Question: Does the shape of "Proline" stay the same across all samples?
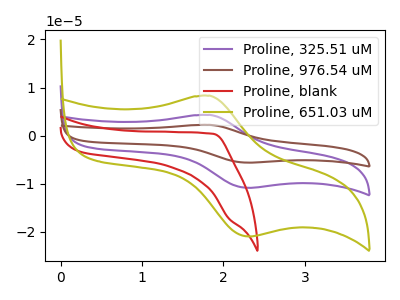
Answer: <think>The purple curve "Proline, 325.51 uM" has an anodic peak at (1.85V, 4.30uA) and a cathodic peak at (2.30V, -10.90uA). The brown curve "Proline, 976.54 uM" has an anodic peak at (1.85V, 8.60uA) and a cathodic peak at (2.30V, -21.75uA). The red curve "Proline, blank" has no peaks. The olive curve "Proline, 651.03 uM" has an anodic peak at (1.85V, 8.30uA) and a cathodic peak at (2.30V, -21.00uA).
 All the peaks in "Proline, 325.51 uM" have a peak in "Proline, 976.54 uM" at the same potential. Every peak in "Proline, 325.51 uM" is lower than every peak in "Proline, 976.54 uM". "Proline, 325.51 uM" and "Proline, blank" have a different number of peaks. All the peaks in "Proline, 325.51 uM" have a peak in "Proline, 651.03 uM" at the same potential. Every peak in "Proline, 325.51 uM" is lower than every peak in "Proline, 651.03 uM". "Proline, 976.54 uM" and "Proline, blank" have a different number of peaks. All the peaks in "Proline, 976.54 uM" have a peak in "Proline, 651.03 uM" at the same potential. Every peak in "Proline, 976.54 uM" is higher than every peak in "Proline, 651.03 uM". "Proline, blank" and "Proline, 651.03 uM" have a different number of peaks.</think>
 <answer>All the CV's of "Proline" have similar shape.</answer>
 <eval>follow_rule</eval>